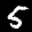
Label: 5